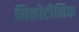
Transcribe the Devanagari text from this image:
निकोटीनिक